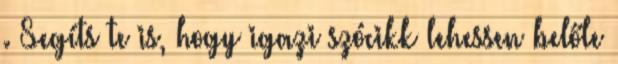
. Segíts te is, hogy igazi szócikk lehessen belőle